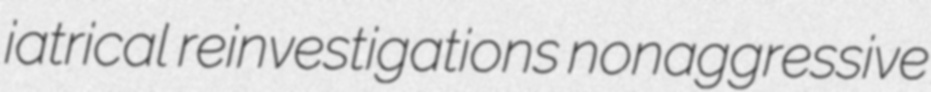
iatrical reinvestigations nonaggressive